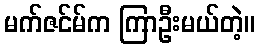
မက်ဇင်မ်က ကြာဦးမယ်တဲ့။